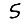
Digit: 5